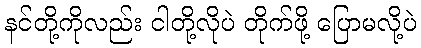
နင်တို့ကိုလည်း ငါတို့လိုပဲ တိုက်ဖို့ ပြောမလို့ပဲ